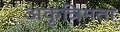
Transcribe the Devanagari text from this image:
अकृत्रिमता